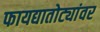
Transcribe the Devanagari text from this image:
फायद्यातोट्यांवर